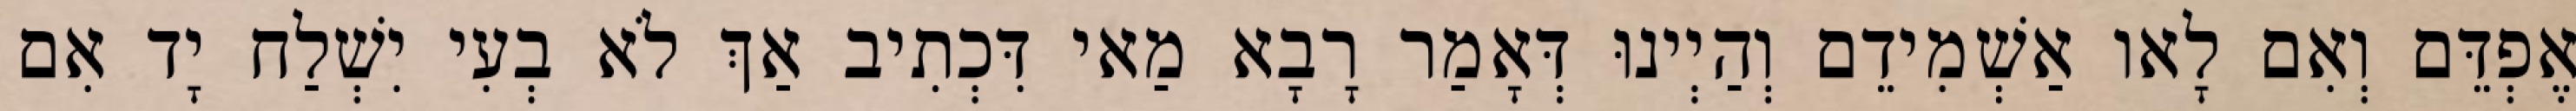
אֶפְדֵּם וְאִם לָאו אַשְׁמִידֵם וְהַיְינוּ דְּאָמַר רָבָא מַאי דִּכְתִיב אַךְ לֹא בְעִי יִשְׁלַח יָד אִם